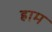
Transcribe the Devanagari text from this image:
ह्राम